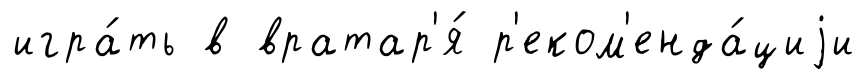
игра́ть в вратар'я́ р'еком'енда́циjи